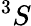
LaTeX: ^3S